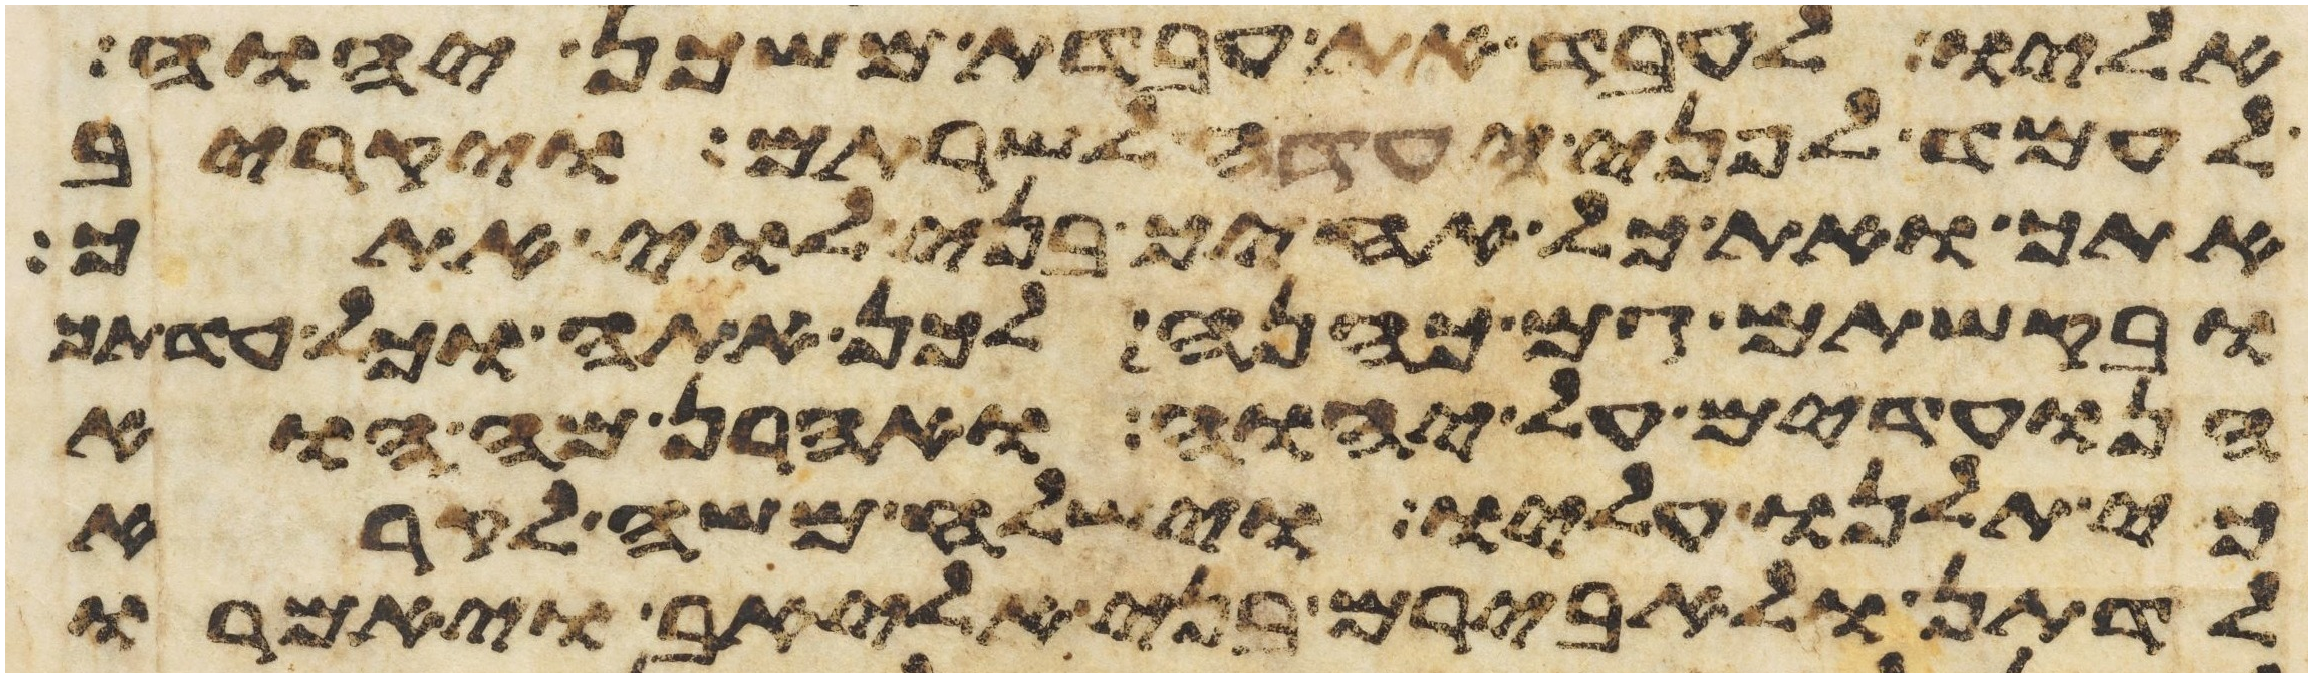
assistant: אליו לעבד את עבדת משכן יהוה
לעמד לפני העדה לשרתם ויקריב
אתך ואת כל אחיך בני לוי אתך
ובקשתם גם כהנה לכן אתה וכל עדתך
הנועדים על יהוה ואהרן מה הוא
כי תלנו עליו וישלח משה לקרא
לדתן ולאבירם בני אליאב ויאמרו